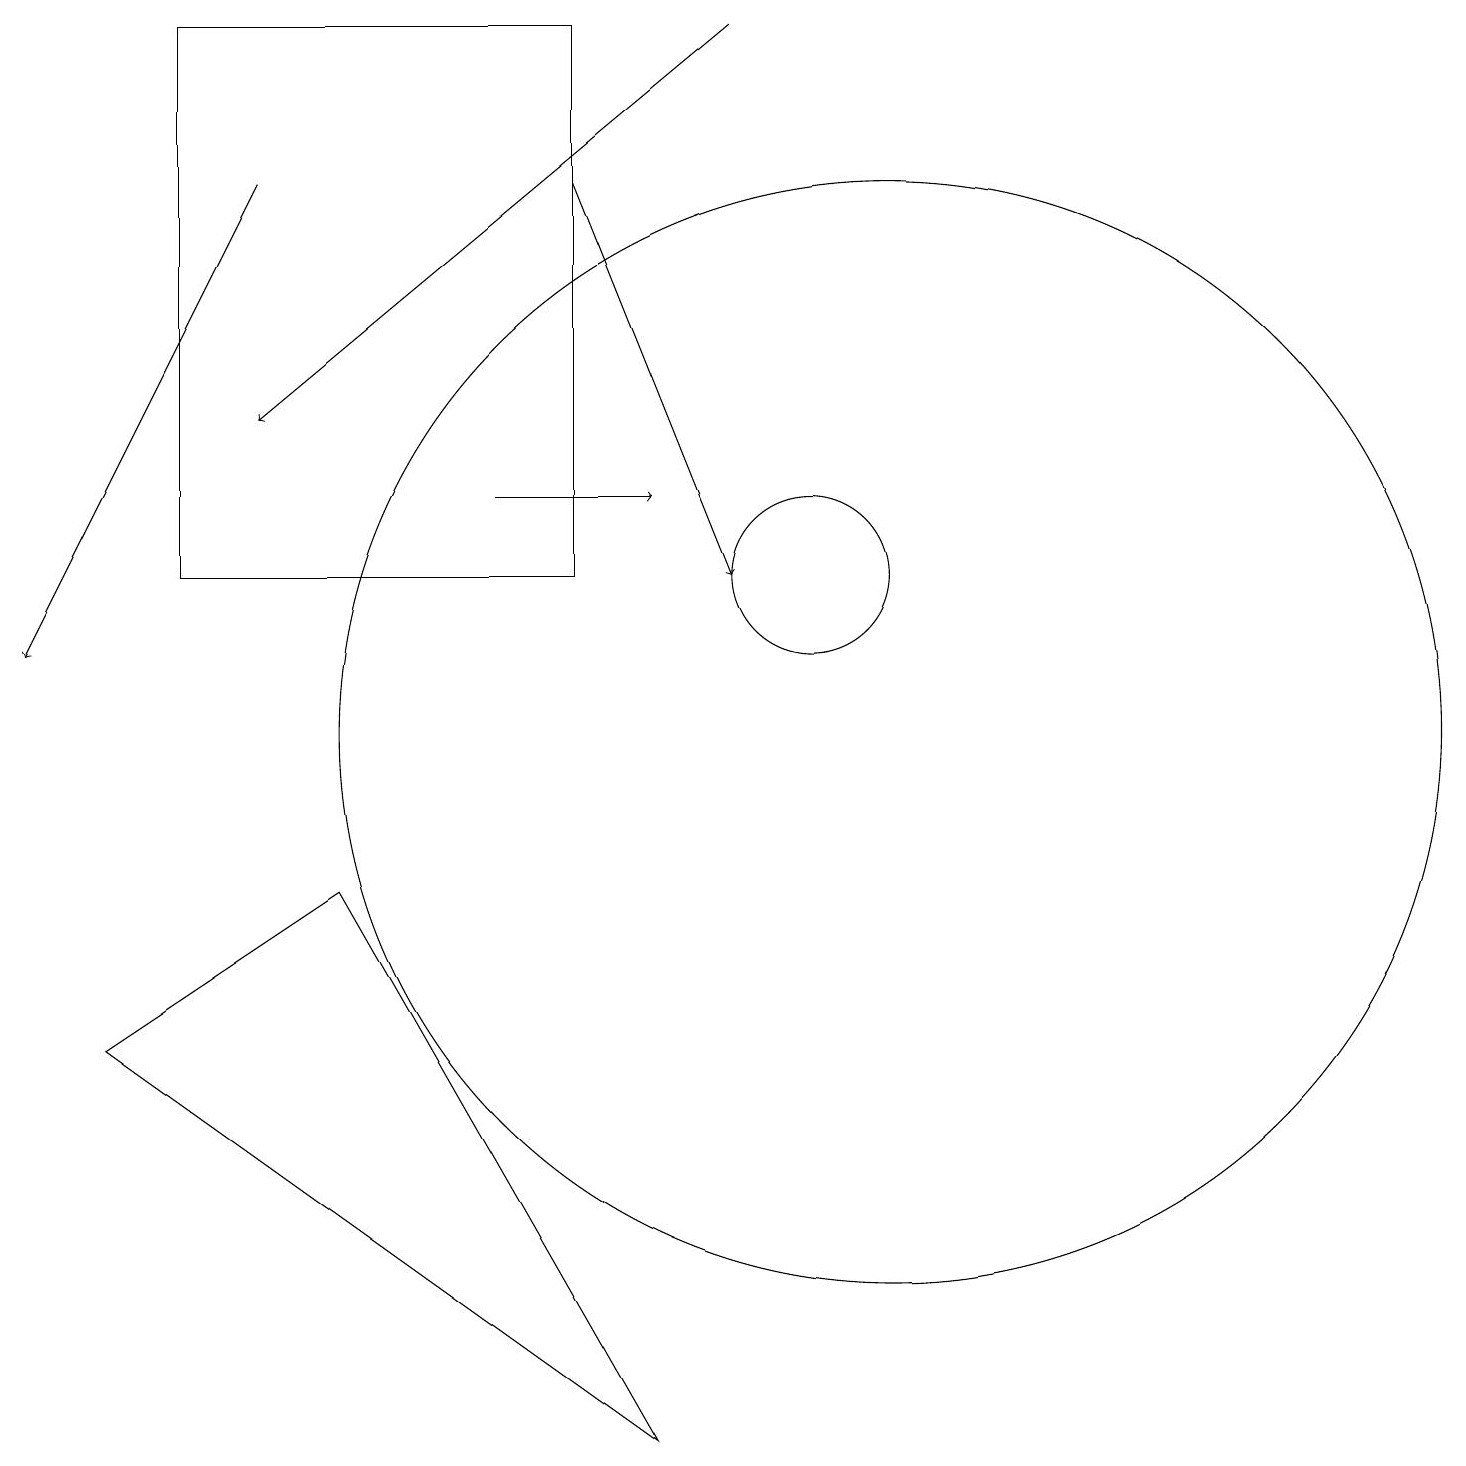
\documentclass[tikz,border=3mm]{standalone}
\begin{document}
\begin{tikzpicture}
\draw (1,6) -- (8,1) -- (4,8) -- cycle;
\draw[->] (3,17) -- (0,11);
\draw (11,10) circle (7);
\draw[->] (7,17) -- (9,12);
\draw (7,19) rectangle (2,12);
\draw (10,12) circle (1);
\draw[->] (9,19) -- (3,14);
\draw[->] (6,13) -- (8,13);
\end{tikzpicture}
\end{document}